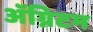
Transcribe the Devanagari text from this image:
ॲग्निटम